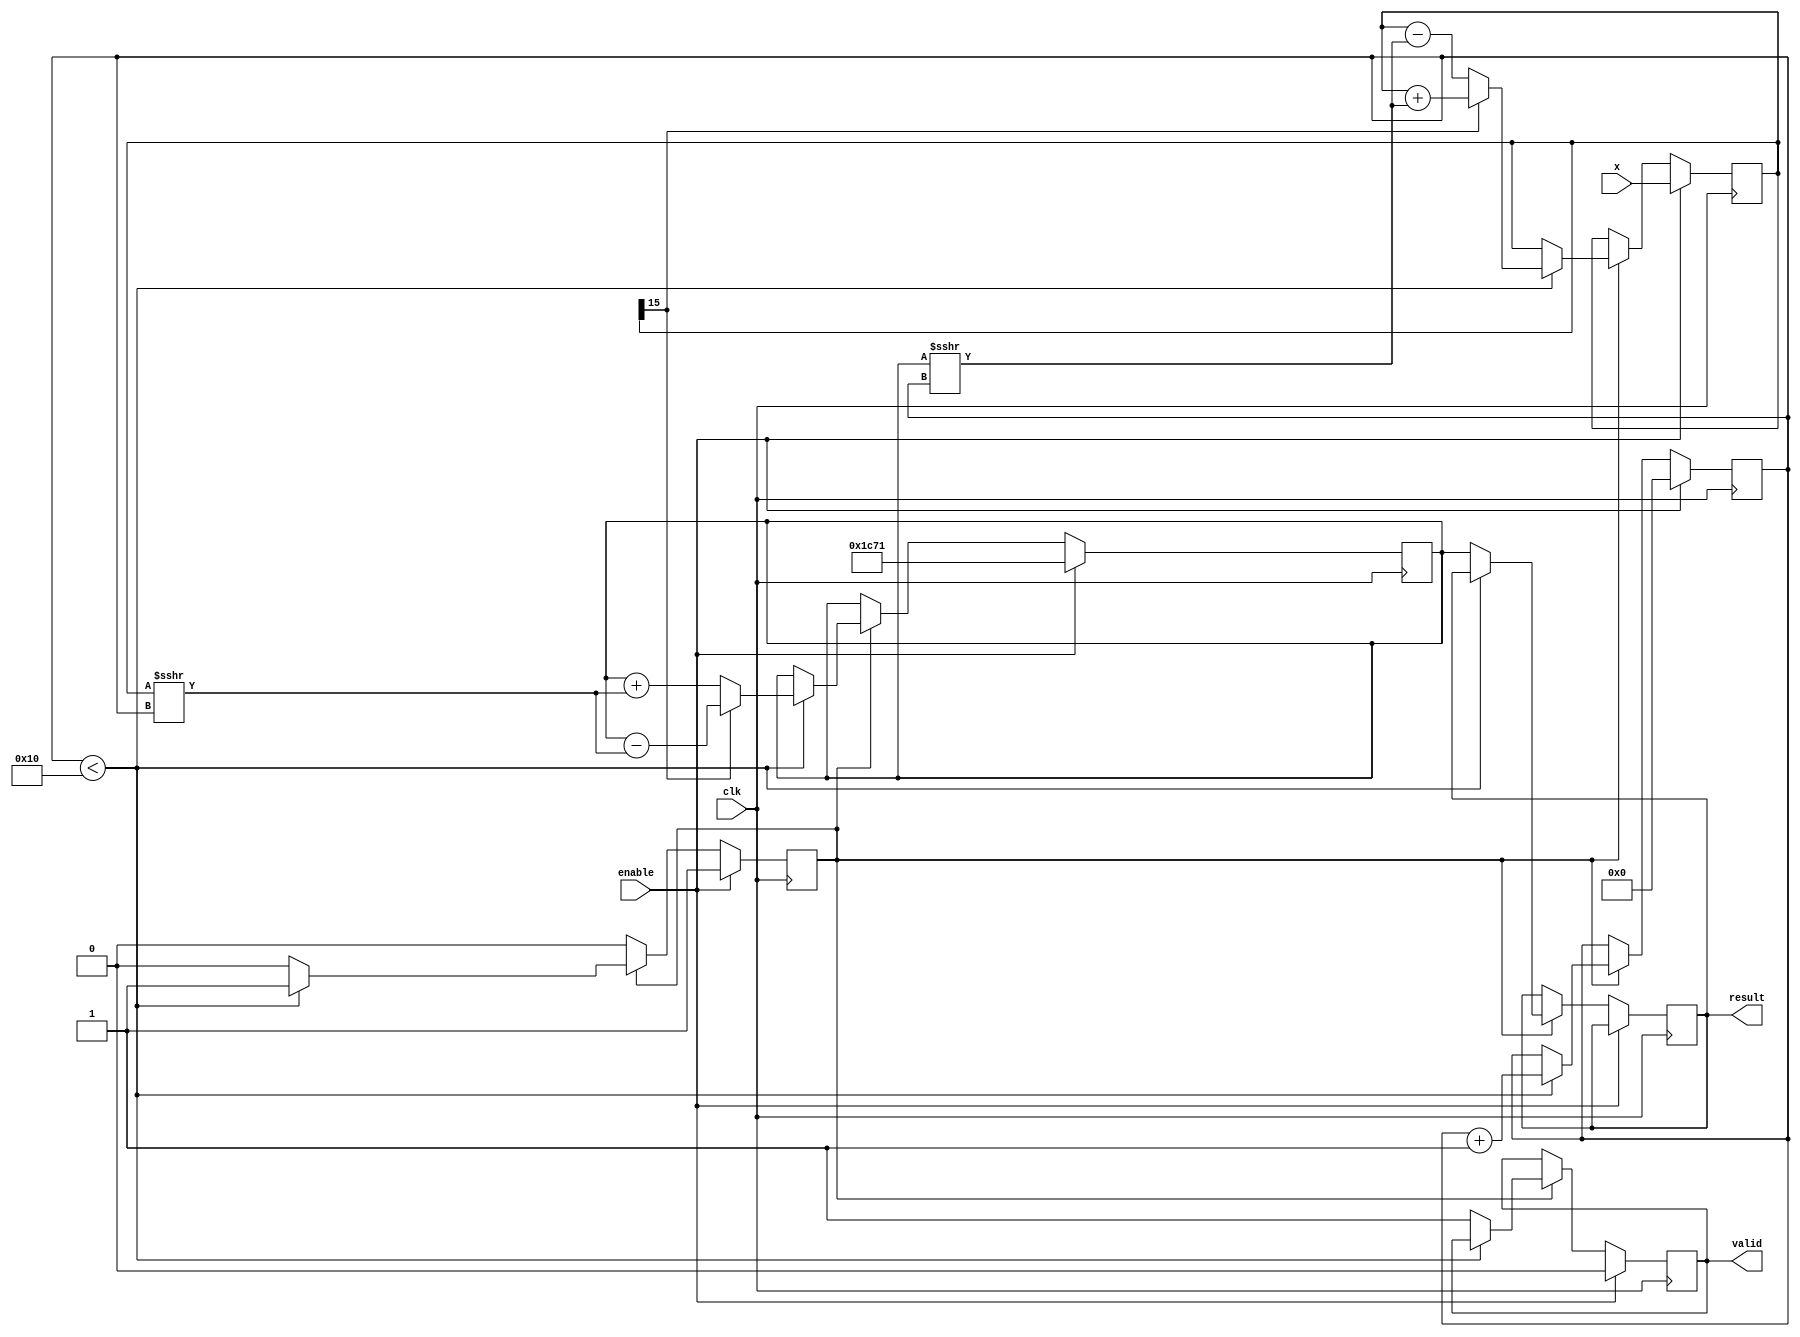
module cordic_reciprocal #(
    parameter WIDTH = 16,        // Bit-width for input and output
    parameter ITERATIONS = 16    // Number of CORDIC iterations
)(
    input wire clk,              // Clock signal
    input wire enable,           // Enable signal to start computation
    input wire [WIDTH-1:0] x,    // Input value (fixed-point representation)
    output reg [WIDTH-1:0] result, // Output reciprocal result
    output reg valid             // Output valid flag
);

    // Internal signals
    reg [WIDTH-1:0] z;           // Current approximation
    reg [WIDTH-1:0] x_reg;       // Input register
    reg [4:0] iteration;         // Iteration counter
    reg [WIDTH-1:0] scaling_factor; // Scaling factor
    reg [WIDTH-1:0] angle;       // Angle for CORDIC
    reg [WIDTH-1:0] temp;        // Temporary variable for calculations
    reg state;                   // State for control logic

    // Pre-calculated scaling factor for CORDIC
    initial begin
        scaling_factor = 16'h1C71; // Example scaling factor (1/sqrt(2) * 2^WIDTH)
    end

    // CORDIC angle values for iterations (in fixed-point)
    reg [WIDTH-1:0] angles [0:ITERATIONS-1];
    initial begin
        angles[0] = 16'h1C71; // atan(2^-0)
        angles[1] = 16'h1A62; // atan(2^-1)
        angles[2] = 16'h186A; // atan(2^-2)
        angles[3] = 16'h1555; // atan(2^-3)
        angles[4] = 16'h12E4; // atan(2^-4)
        angles[5] = 16'h0FFC; // atan(2^-5)
        angles[6] = 16'h0F81; // atan(2^-6)
        angles[7] = 16'h0F0A; // atan(2^-7)
        angles[8] = 16'h0E8B; // atan(2^-8)
        angles[9] = 16'h0E14; // atan(2^-9)
        angles[10] = 16'h0D9C; // atan(2^-10)
        angles[11] = 16'h0D24; // atan(2^-11)
        angles[12] = 16'h0CAD; // atan(2^-12)
        angles[13] = 16'h0C36; // atan(2^-13)
        angles[14] = 16'h0BC0; // atan(2^-14)
        angles[15] = 16'h0B4A; // atan(2^-15)
    end

    // State machine for control logic
    always @(posedge clk) begin
        if (enable) begin
            x_reg <= x;              // Load input value
            z <= scaling_factor;     // Initialize z with scaling factor
            iteration <= 0;          // Reset iteration counter
            valid <= 0;              // Reset valid flag
            state <= 1;              // Start computation
        end else if (state) begin
            if (iteration < ITERATIONS) begin
                // CORDIC rotation
                if (x_reg[WIDTH-1] == 1'b0) begin
                    // Perform rotation to the right
                    temp = z + (x_reg >>> iteration);
                    z <= temp;
                    x_reg <= x_reg - (z >>> iteration);
                end else begin
                    // Perform rotation to the left
                    temp = z - (x_reg >>> iteration);
                    z <= temp;
                    x_reg <= x_reg + (z >>> iteration);
                end
                iteration <= iteration + 1; // Increment iteration counter
            end else begin
                result <= z;  // Store final result
                valid <= 1;   // Set valid flag
                state <= 0;   // End computation
            end
        end
    end

endmodule